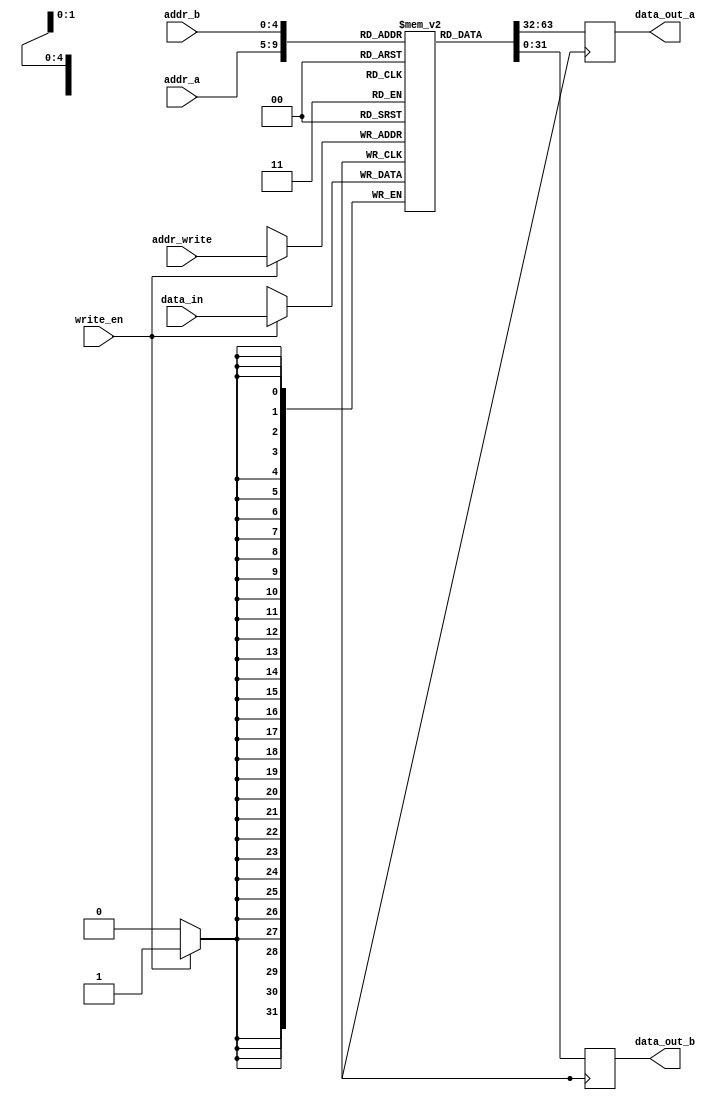
module register_file (
    input wire [4:0] addr_a,
    input wire [4:0] addr_b,
    input wire [4:0] addr_write,
    input wire write_en,
    input wire [31:0] data_in,
    output wire [31:0] data_out_a,
    output wire [31:0] data_out_b
);

reg [31:0] registers [31:0];

always @ (posedge clk) begin
    if (write_en) begin
        registers[addr_write] <= data_in;
    end
    
    data_out_a <= registers[addr_a];
    data_out_b <= registers[addr_b];
end

endmodule